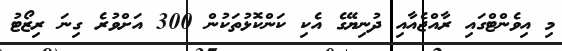
މި އިވެންޓްގައި ރާއްޖެއާއި ދުނިޔޭގެ އެކި ކަންކޮޅުތަކުން 300 އަށްވުރެ ގިނަ ރިޒޯޓު